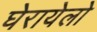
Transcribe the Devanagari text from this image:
घेरायेलो